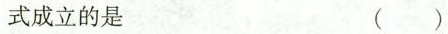
式成立的是 ()